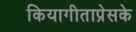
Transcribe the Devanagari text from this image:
कियागीताप्रेसके